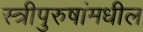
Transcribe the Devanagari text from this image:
स्त्रीपुरुषांमधील